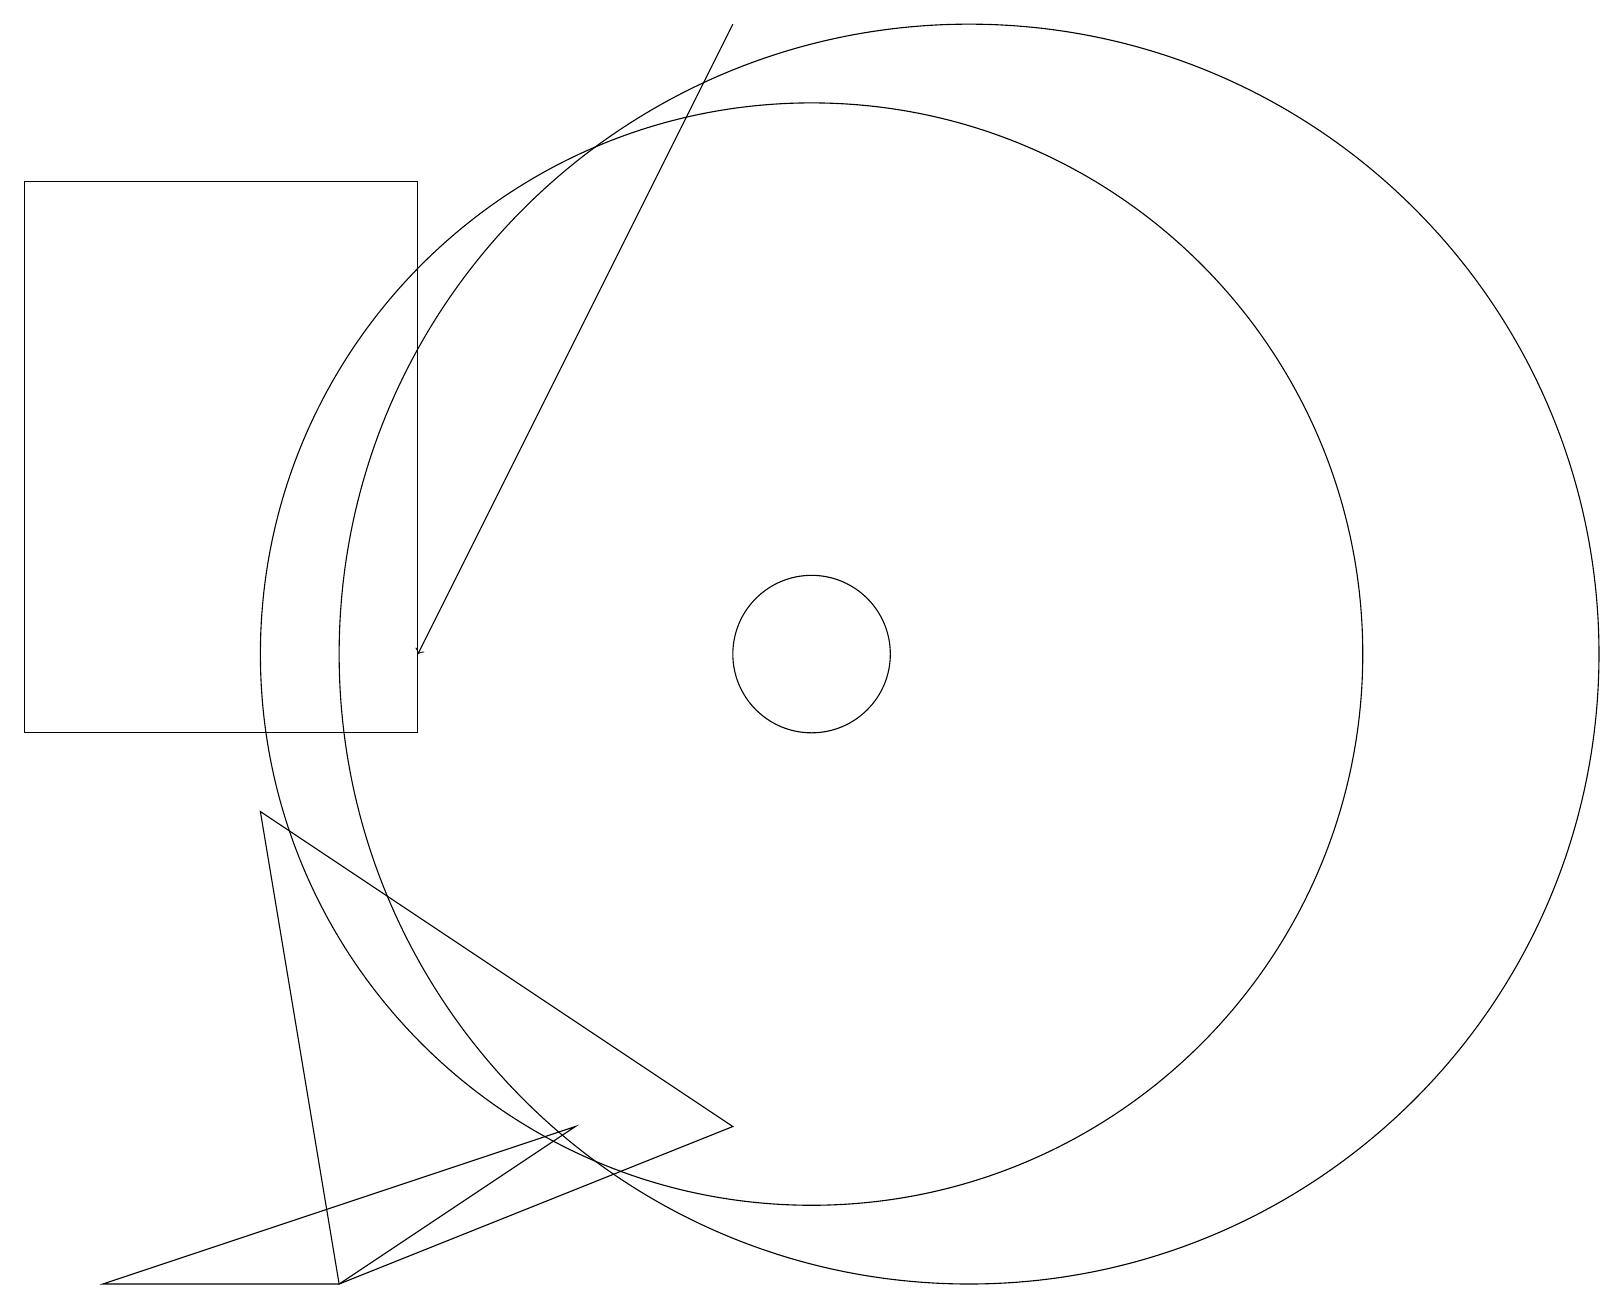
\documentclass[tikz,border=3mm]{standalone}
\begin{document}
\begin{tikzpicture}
\draw[->] (9,19) -- (5,11);
\draw (10,11) circle (1);
\draw (1,3) -- (4,3) -- (7,5) -- cycle;
\draw (5,17) rectangle (0,10);
\draw (10,11) circle (7);
\draw (4,3) -- (9,5) -- (3,9) -- cycle;
\draw (12,11) circle (8);
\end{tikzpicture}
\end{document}